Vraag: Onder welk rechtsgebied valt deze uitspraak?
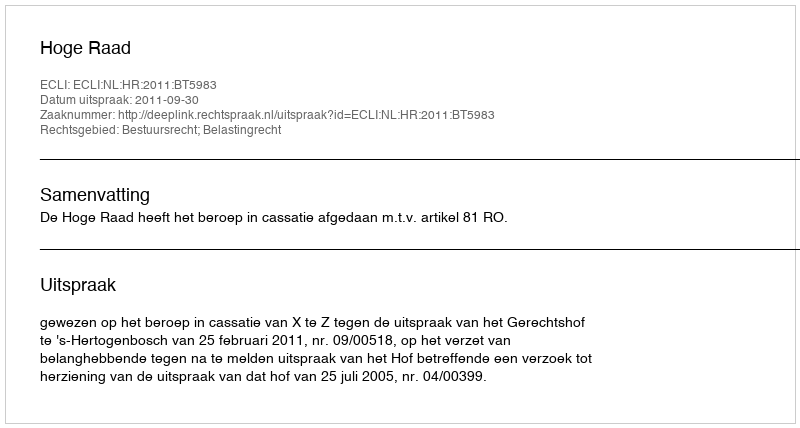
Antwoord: Bestuursrecht; Belastingrecht